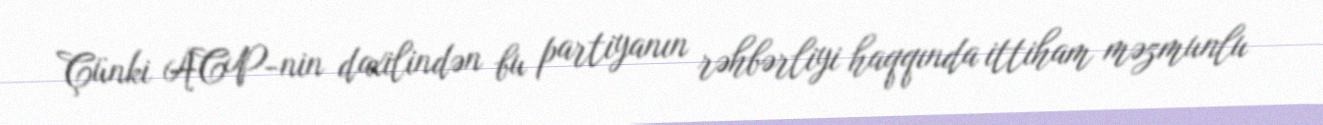
Çünki ACP-nin daxilindən bu partiyanın rəhbərliyi haqqında ittiham məzmunlu